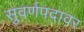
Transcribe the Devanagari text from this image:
सुवर्णपदावर